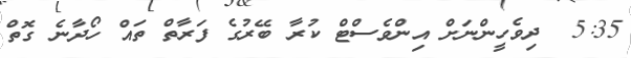
5:35  ދިވެހީންނަށް އިންވެސްޓް ކުރާ ބޭރުގެ ފަރާތް ތައް ހޯދާނެ ގޮތް